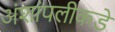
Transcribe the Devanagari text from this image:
अंशांपलीकडे